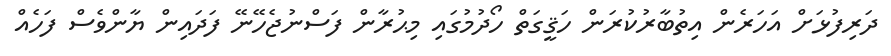
ދަރިފުޅަށް އަަހަރެން އިތުބާރުކުރަން ހަޤީގަތް ހޯދުމުގައި މިޙުރާން ފަސްނުޖެހޭނޭ ފަދައިން ޔާންވެސް ފަހެއް